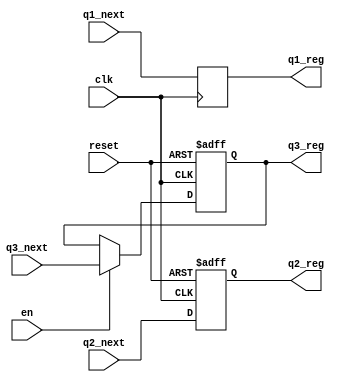
// Listing A.7
module reg_template
   (
    input wire clk, reset,
    input wire en,
    input wire [7:0] q1_next, q2_next, q3_next,
    output reg [7:0] q1_reg, q2_reg, q3_reg
   );

   //===========================================
   // register without reset
   //===========================================
   // use nonblock assignment ( <= )
   always @(posedge clk)
      q1_reg <= q1_next;

   //===========================================
   // register with asynchronous reset
   //===========================================
   // use nonblock assignment ( <= )
   always @(posedge clk, posedge reset)
      if (reset)
         q2_reg <= 8'b0;
      else
         q2_reg <= q2_next;

   //===========================================
   // register with enable and asynchronous reset
   //===========================================
   // use nonblock assignment ( <= )
   always @(posedge clk, posedge reset)
      if (reset)
         q3_reg <= 8'b0;
      else if (en)
         q3_reg <= q3_next;

endmodule